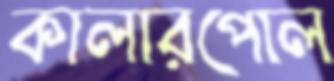
কালারপোল